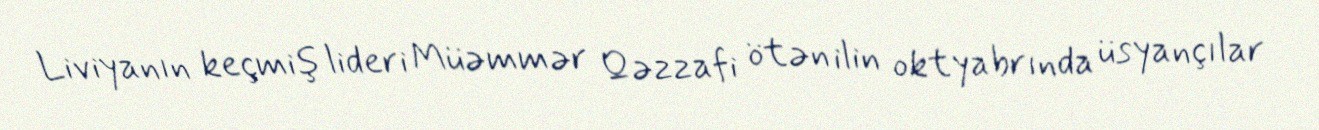
Liviyanın keçmiş lideri Müəmmər Qəzzafi ötən ilin oktyabrında üsyançılar